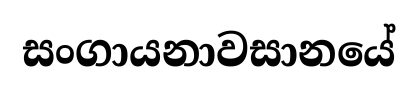
සංගායනාවසානයේ